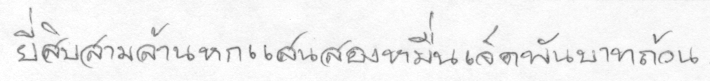
ยี่สิบสามล้านหกแสนสองหมื่นเจ็ดพันบาทถ้วน